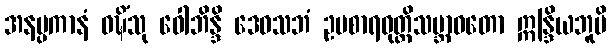
အနပ္ပကာနံ ဝဍ္ဎိံသု ဝေါဘိန္ဒိ ဒေဝသဘံ ဥပစာရဝုတ္တိသဗ္ဘာဝတော ဣန္ဒြိယဘူမိ